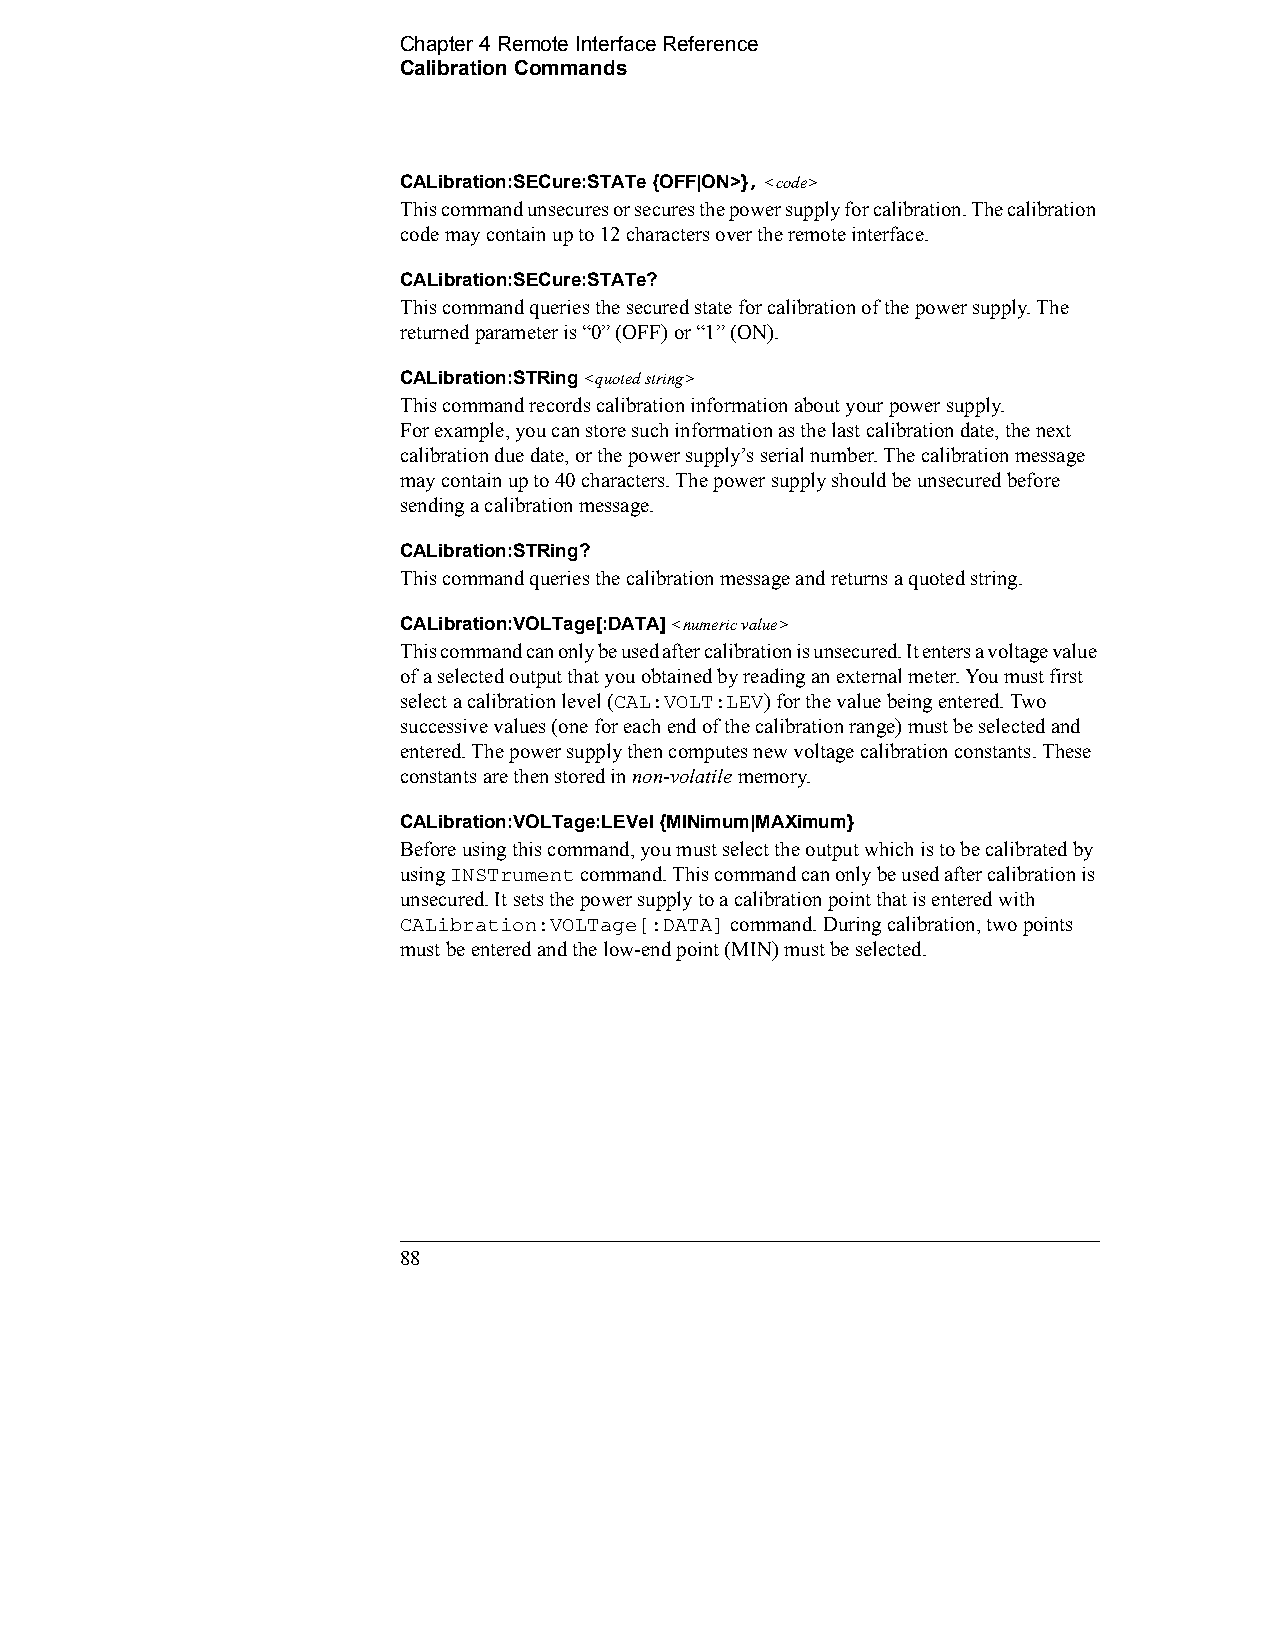
Chapter 4 Remote Interface Reference    
 Calibration Commands
 CALibration:SECure:STATe {OFF|ON>}, <code>
 This command unsecures or secures the power supply for calibration. The calibration
 code may contain up to 12 characters over the remote interface.
 CALibration:SECure:STATe?
 This command queries the secured state for calibration of the power supply. The
 returned parameter is “0” (OFF) or “1” (ON).
 CALibration:STRing <quoted string>
 This command records calibration information about your power supply. 
 For example, you can store such information as the last calibration date, the next
 calibration due date, or the power supply’s serial number. The calibration message
 may contain up to 40 characters. The power supply should be unsecured before
 sending a calibration message.
 CALibration:STRing?
 This command queries the calibration message and returns a quoted string.
 CALibration:VOLTage[:DATA] <numeric value>
 This command can only be used after calibration is unsecured. It enters a voltage value
 of a selected output that you obtained by reading an external meter. You must first
 select a calibration level (CAL:VOLT:LEV) for the value being entered. Two
 successive values (one for each end of the calibration range) must be selected and
 entered. The power supply then computes new voltage calibration constants. These
 constants are then stored in non-volatile memory.
 CALibration:VOLTage:LEVel {MINimum|MAXimum}
 Before using this command, you must select the output which is to be calibrated by
 using INSTrument command. This command can only be used after calibration is
 unsecured. It sets the power supply to a calibration point that is entered with
 CALibration:VOLTage[:DATA] command. During calibration, two points
 must be entered and the low-end point (MIN) must be selected.
 88                                             